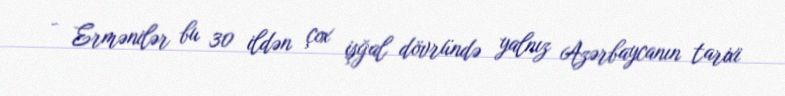
- Ermənilər bu 30 ildən çox işğal dövründə yalnız Azərbaycanın tarixi